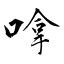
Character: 嗱